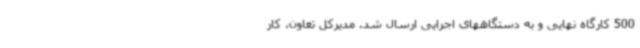
500 کارگاه نهایی و به دستگاههای اجرایی ارسال شد. مدیرکل تعاون، کار